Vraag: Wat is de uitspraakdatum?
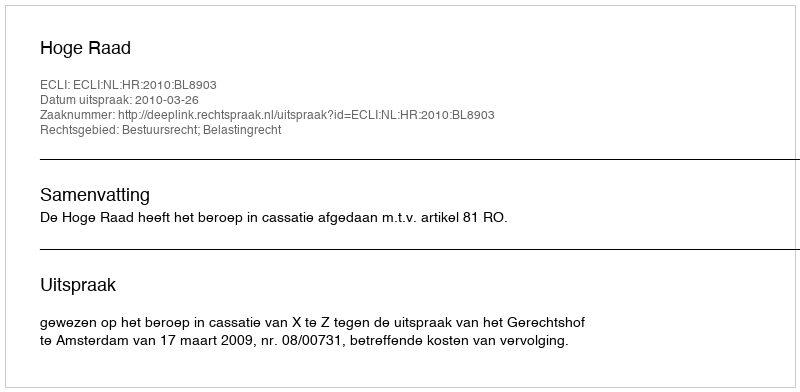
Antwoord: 2010-03-26